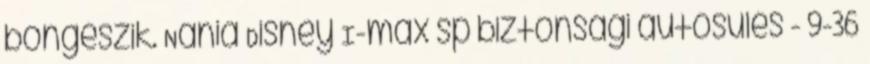
böngészik. Nania Disney I-max sp biztonsági autósülés - 9-36